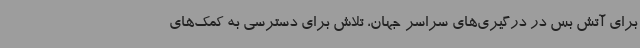
برای آتش بس در درگیری‌های سراسر جهان، تلاش برای دسترسی به کمک‌های